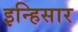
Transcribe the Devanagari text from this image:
इन्हिसार